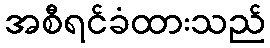
အစီရင်ခံထားသည်